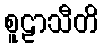
စူဠာသီတိ